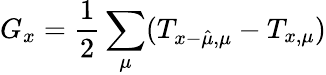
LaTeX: G_{x}=\frac{1}{2}\sum_{\mu}(T_{x-\hat{\mu},\mu}-T_{x,\mu})